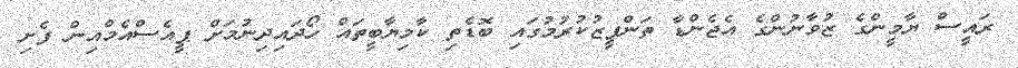
ރައީސް ޔާމީންގެ ޒުވާނުންގެ އެޖެންޑާ ތަންފީޒުކުރުމުގައި ބޮޑެތި ކާމިޔާބީތައް ހޯދައިދިނުމަށް ޕީއެސްއެމްއިން ފެށި